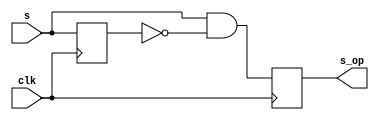
module onepulse(s_op, s, clk);
	input s, clk;
	output reg s_op;
	reg s_delay;
	always@(posedge clk)begin
		s_op <= s&(!s_delay);
		s_delay <= s;
	end
endmodule

module debounce(s_db, s, clk);
	input s, clk;
	output s_db;
	reg [3:0] DFF;
	
	always@(posedge clk)begin
		DFF[3:1] <= DFF[2:0];
		DFF[0] <= s;
	end
	assign s_db = (DFF == 4'b1111)? 1'b1 : 1'b0;
endmodule